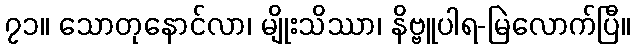
၇၁။ သောတုနောင်လာ၊ မျိုးသိဿာ၊ နိဗ္ဗူပါရ-မြဲလောက်ပြီ။